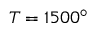
T = 1 5 0 0 ^ { \circ }